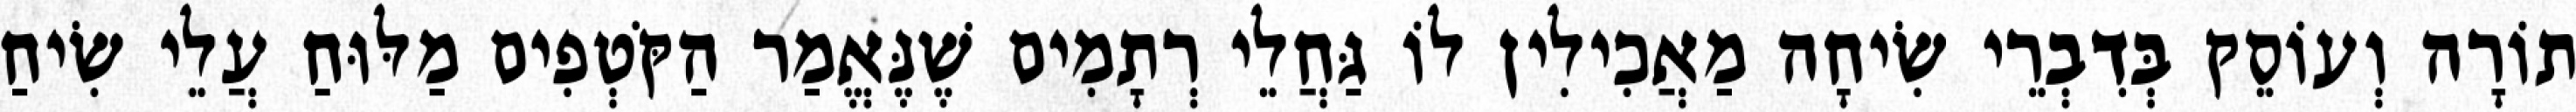
תוֹרָה וְעוֹסֵק בְּדִבְרֵי שִׂיחָה מַאֲכִילִין לוֹ גַּחֲלֵי רְתָמִים שֶׁנֶּאֱמַר הַקֹּטְפִים מַלּוּחַ עֲלֵי שִׂיחַ